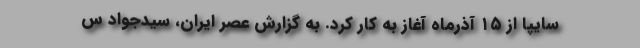
سایپا از ۱۵ آذرماه آغاز به كار كرد. به گزارش عصر ایران، سیدجواد س